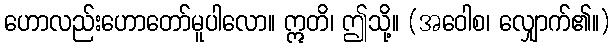
ဟောလည်းဟောတော်မူပါလော။ ဣတိ၊ ဤသို့။ (အဝေါစ၊ လျှောက်၏။)